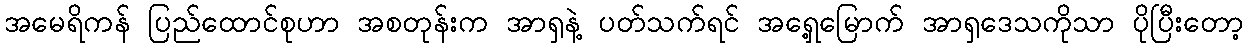
အမေရိကန် ပြည်ထောင်စုဟာ အစတုန်းက အာရှနဲ့ ပတ်သက်ရင် အရှေ့မြောက် အာရှဒေသကိုသာ ပိုပြီးတော့